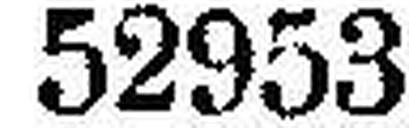
52953